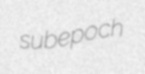
subepoch